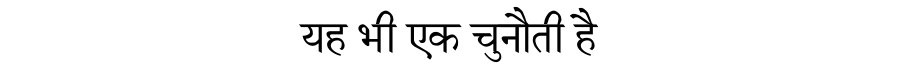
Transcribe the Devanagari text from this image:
यह भी एक चुनौती है